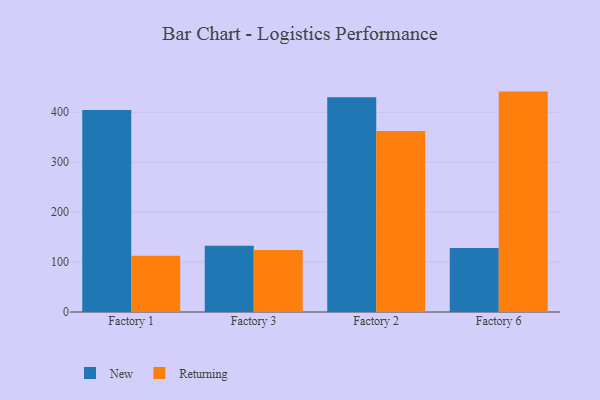
{"axis": {"x": "Factory", "y": "Revenue (USD Million)"}, "legend": ["New", "Returning"], "data": [{"x": "Factory 1", "y": 404.5, "type": "New"}, {"x": "Factory 1", "y": 112.8, "type": "Returning"}, {"x": "Factory 3", "y": 132.5, "type": "New"}, {"x": "Factory 3", "y": 124.1, "type": "Returning"}, {"x": "Factory 2", "y": 430.1, "type": "New"}, {"x": "Factory 2", "y": 362.4, "type": "Returning"}, {"x": "Factory 6", "y": 128.2, "type": "New"}, {"x": "Factory 6", "y": 441.4, "type": "Returning"}]}